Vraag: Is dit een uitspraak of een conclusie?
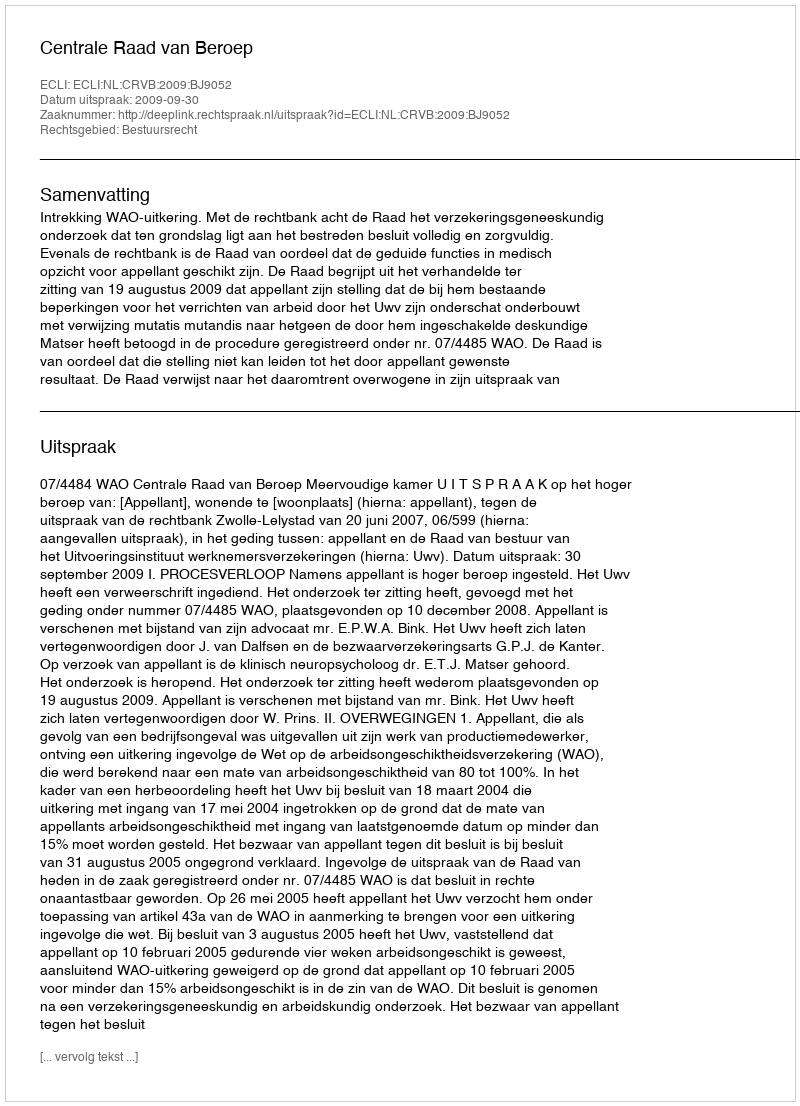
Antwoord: Uitspraak